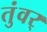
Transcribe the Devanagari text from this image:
तुंवर्